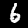
Label: 6